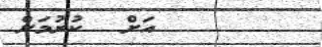
އަށް  ކުރުމަށް